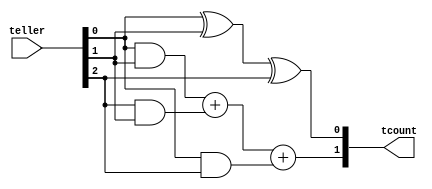
// Module for encoding the 3bit tellers conditions into 2bit 
// this by using Full Adder to make 3 Taller  00 01 10 00
module Teller (teller, tcount);
input [2:0]teller;
output wire [1:0] tcount;

// Sum is tcount[0] 
// S = A ^ B ^ C
assign tcount [0] = teller[0] ^ teller[1] ^ teller[2];

// Carry is the tcount[1]
// Carry = AB + ACin + BCin
assign tcount [1] = (teller[0] & teller[1]) + (teller[2] & teller[1]) + (teller[0] & teller[2]) ;
endmodule 


module Teller_t ();
  reg [2:0] teller;
  wire [1:0] tcount;
  initial
  begin 
  teller[2] = 0; teller[1] = 0; teller[0] = 0; 
  #100; teller[2] = 0; teller[1] = 0; teller[0] = 1;
  #100; teller[2] = 0; teller[1] = 1; teller[0] = 0;
  #100; teller[2] = 0; teller[1] = 1; teller[0] = 1;
  #100; teller[2] = 1; teller[1] = 0; teller[0] = 0;
  #100; teller[2] = 1; teller[1] = 0; teller[0] = 1;
  #100; teller[2] = 1; teller[1] = 1; teller[0] = 0;
  #100; teller[2] = 1; teller[1] = 1; teller[0] = 1;
  end
  Teller t(teller, tcount);
endmodule